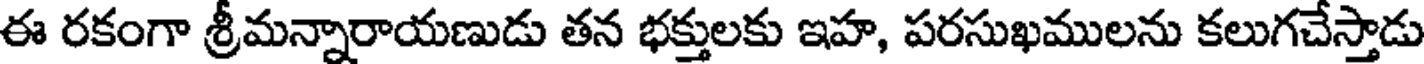
ఈ రకంగా శ్రీమన్నారాయణుడు తన భక్తులకు ఇహ, పరసుఖములను కలుగచేస్తాడు